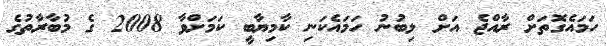
ހަމައެގޮތަށް ރާއްޖެ އަށް ލިބުނު ހަމައެކަނި ކާމިޔާބީ ކަމަށްވާ 2008 ގެ މުބާރާތުގެ